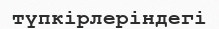
түпкірлеріндегі